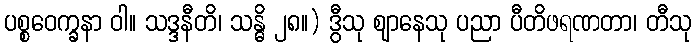
ပစ္စဝေက္ခနာ ဝါ။ သဒ္ဒနီတိ၊ သန္ဓိ ၂၈။) ဒွီသု ဈာနေသု ပညာ ပီတိဖရဏတာ၊ တီသု